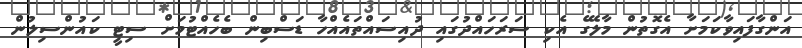
އަންގާފައިވާކަމަށާ އެގޮތުން މާލޭގެ އެކި ސަރަހައްދުގައި ދުއިސައްތައެއްހާ ޑަސްބިން ބެހެއްޓުމަށް ސިޓީ ކައުންސިލުން